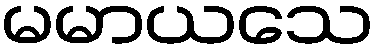
မမာယသေ